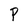
Character: P